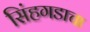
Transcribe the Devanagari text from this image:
सिंहगडाचा